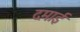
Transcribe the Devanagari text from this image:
दमाई